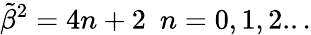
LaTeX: {\tilde{\beta}}^{2}=4n+2\ \ n=0,1,2...